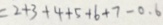
= 2 + 3 + 4 + 5 + 6 + 7 - 0 . 6